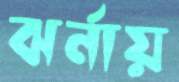
ঝর্নায়